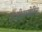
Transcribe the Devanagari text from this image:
एजीनामेरिन